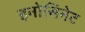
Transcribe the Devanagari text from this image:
इनोसिनेट